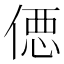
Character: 𰂢